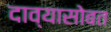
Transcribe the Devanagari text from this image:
दाव्यासोबत